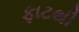
ફાટથી